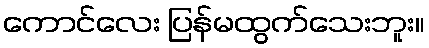
ကောင်လေး ပြန်မထွက်သေးဘူး။